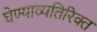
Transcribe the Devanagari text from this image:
घेण्याव्यतिरिक्त